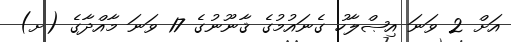
އަށް 2 ވަނަ އިޞްލާހު ގެނައުމުގެ ޤާނޫނުގެ 17 ވަނަ މާއްދާގެ (ށ)